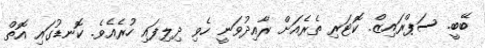
ބޭބީ. ސަޕްރައިޒް. ކޮޓަރި ތެރެއަށް ރާއިދުވަނީ ހެވި ދިލިފައި ހުރެއެވެ. ކޮނޑުގައި އޮތް